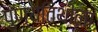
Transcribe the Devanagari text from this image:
पुण्यतिथीला